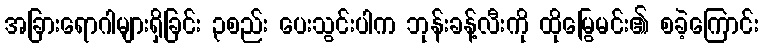
အခြားရောဂါများရှိခြင်း ၃စည်း ပေးသွင်းပါက ဘုန်းခန့်လီးကို ထိုမြွေမင်း၏ စခဲ့ကြောင်း